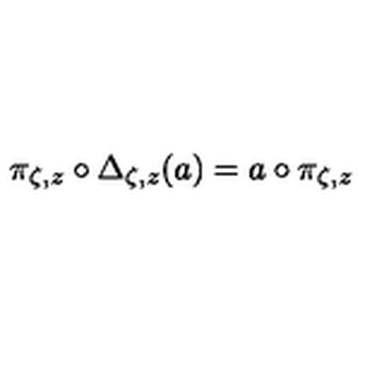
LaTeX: \pi _ { \zeta , z } \circ \Delta _ { \zeta , z } ( a ) = a \circ \pi _ { \zeta , z }